Lunatic asylums Madras 1877-1891 - 1877-1891
Year: 1877
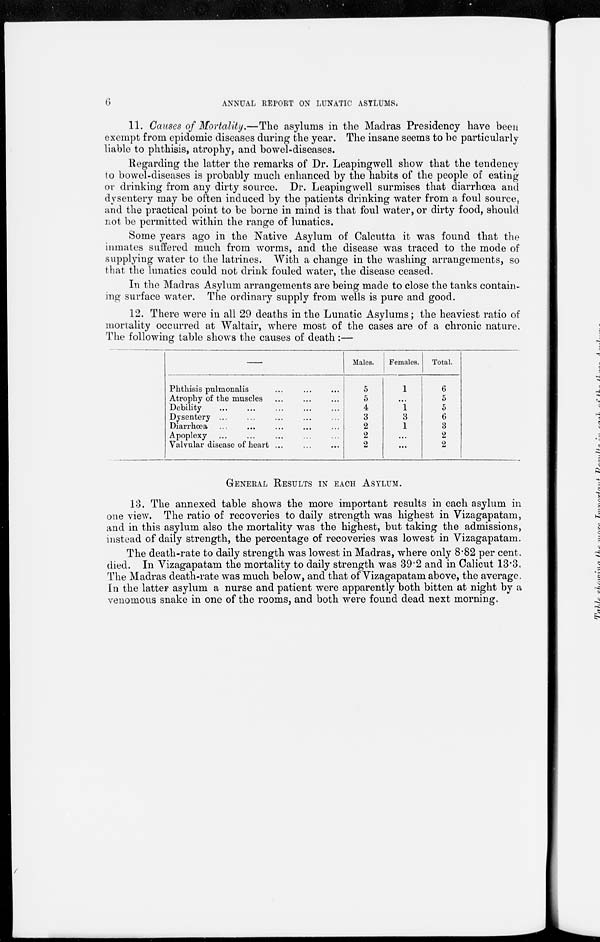
6
ANNUAL REPORT ON LUNATIC ASYLUMS.
11. Causes of Mortality.—The asylums in the Madras Presidency have been
exempt from epidemic diseases during the year. The insane seems to be particularly
liable to phthisis, atrophy, and bowel-diseases.
Regarding the latter the remarks of Dr. Leapingwell show that the tendency
to bowel-diseases is probably much enhanced by the habits of the people of eating
or drinking from any dirty source. Dr. Leapingwell surmises that diarrhœa and
dysentery may be often induced by the patients drinking water from a foul source,
and the practical point to be borne in mind is that foul water, or dirty food, should
not be permitted within the range of lunatics.
Some years ago in the Native Asylum of Calcutta it was found that the
inmates suffered much from worms, and the disease was traced to the mode of
supplying water to the latrines. With a change in the washing arrangements, so
that the lunatics could not drink fouled water, the disease ceased.
In the Madras Asylum arrangements are being made to close the tanks contain-
ing surface water. The ordinary supply from wells is pure and good.
12. There were in all 29 deaths in the Lunatic Asylums; the heaviest ratio of
mortality occurred at Waltair, where most of the cases are of a chronic nature.
The following table shows the causes of death:—
Phthisis pulmonalis ... ... ...
Atrophy of the muscles ... ... ...
Debility ... ... ... ... ...
Dysentery ... ... ... ... ...
Diarrhœa ... ... ... ... ...
Apoplexy ... ... ... ... ...
Valvular disease of heart ... ... ...
Males.
5
5
4
3
2
2
2
Females.
1
...
1
3
1
...
...
Total.
6
5
5
6
3
2
2
GENERAL RESULTS IN EACH ASYLUM.
13. The annexed table shows the more important results in each asylum in
one view. The ratio of recoveries to daily strength was highest in Vizagapatam,
and in this asylum also the mortality was the highest, but taking the admissions,
instead of daily strength, the percentage of recoveries was lowest in Vizagapatam.
The death-rate to daily strength was lowest in Madras, where only 8.82 per cent,
died. In Vizagapatam the mortality to daily strength was 39.2 and in Calicut 13.3.
The Madras death-rate was much below, and that of Vizagapatam above, the average.
In the latter asylum a nurse and patient were apparently both bitten at night by a
venomous snake in one of the rooms, and both were found dead next morning.